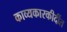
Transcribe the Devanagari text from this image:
काव्यकारकीर्दीत